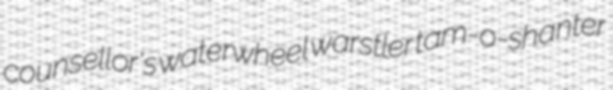
counsellor's waterwheel warstler tam-o-shanter